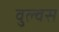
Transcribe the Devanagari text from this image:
वुल्वस